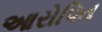
આરોપિત